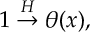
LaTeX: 1 \stackrel { { \cal H } } { \rightarrow } \theta ( x ) ,